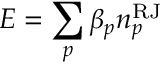
E = \sum _ { p } \beta _ { p } n _ { p } ^ { \mathrm { R J } }